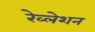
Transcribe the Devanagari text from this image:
रेव्लेशन